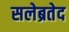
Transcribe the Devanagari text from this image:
सलेब्रतेद